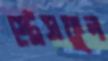
স্ট্রেসফুল